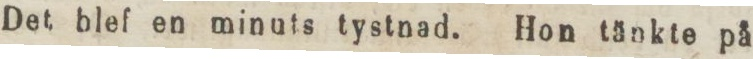
Det blef en minuts tystnad. Hon tänkte på